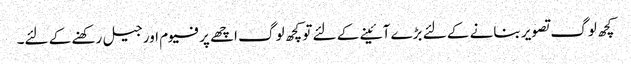
کچھ لوگ تصویر بنانے کے لئے بڑے آئینے کے لئے تو کچھ لوگ اچھے پرفیوم اور جیل رکھنے کے لئے۔